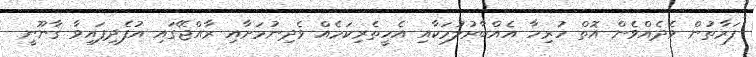
ފަރާތުން ވެދެއްވެން އޮތް ހުރިހާ އެއްބާރުލުމަކާއި އެހީތެރިކަމެއް ވެދިނުމަށާއި ރާއްޖޭގައި އުފެދިފައިވާ ޤާނޫނީ